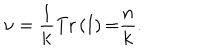
\mathrm { \ n u } = \frac { 1 } { \mathrm { k } } \mathrm { T r } \left( \mathbf { I } \right) \mathrm { = } \frac { n } { \mathrm { k } } .